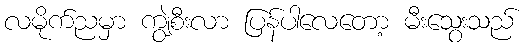
လမိုက်ညမှာ ကျွဲစီးလာ ပြန်ပါလေတော့ မီးသွေးသည်